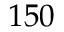
1 5 0